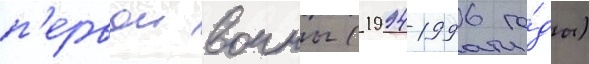
п'ервои воины (1994-1996 го́ды)